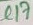
Text: C17